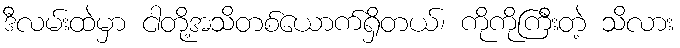
ဒီလမ်းထဲမှာ ငါတို့အသိတစ်ယောက်ရှိတယ်၊ ကိုကိုကြီးတဲ့ သိလား